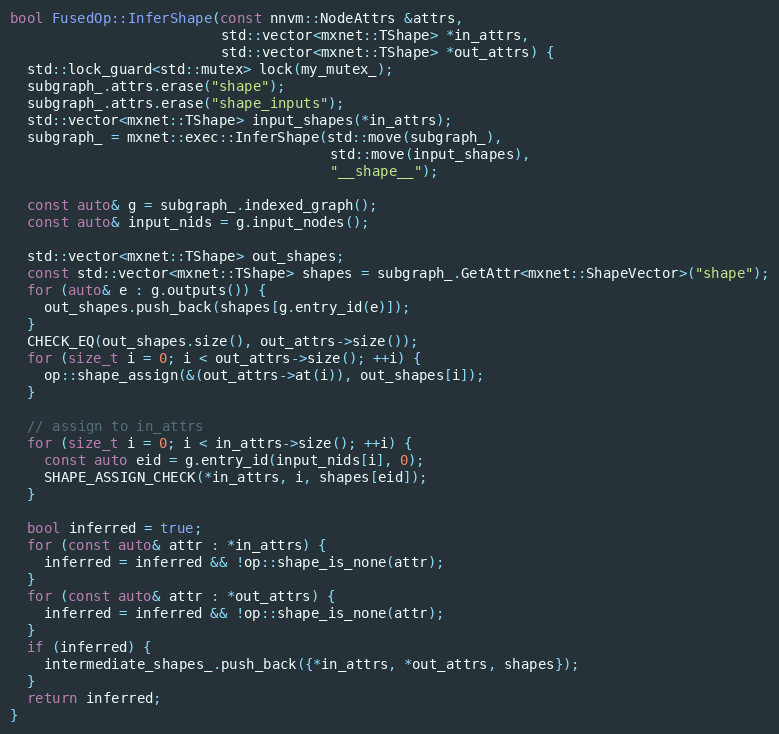
Language: C++
bool FusedOp::InferShape(const nnvm::NodeAttrs &attrs,
                         std::vector<mxnet::TShape> *in_attrs,
                         std::vector<mxnet::TShape> *out_attrs) {
  std::lock_guard<std::mutex> lock(my_mutex_);
  subgraph_.attrs.erase("shape");
  subgraph_.attrs.erase("shape_inputs");
  std::vector<mxnet::TShape> input_shapes(*in_attrs);
  subgraph_ = mxnet::exec::InferShape(std::move(subgraph_),
                                      std::move(input_shapes),
                                      "__shape__");

  const auto& g = subgraph_.indexed_graph();
  const auto& input_nids = g.input_nodes();

  std::vector<mxnet::TShape> out_shapes;
  const std::vector<mxnet::TShape> shapes = subgraph_.GetAttr<mxnet::ShapeVector>("shape");
  for (auto& e : g.outputs()) {
    out_shapes.push_back(shapes[g.entry_id(e)]);
  }
  CHECK_EQ(out_shapes.size(), out_attrs->size());
  for (size_t i = 0; i < out_attrs->size(); ++i) {
    op::shape_assign(&(out_attrs->at(i)), out_shapes[i]);
  }

  // assign to in_attrs
  for (size_t i = 0; i < in_attrs->size(); ++i) {
    const auto eid = g.entry_id(input_nids[i], 0);
    SHAPE_ASSIGN_CHECK(*in_attrs, i, shapes[eid]);
  }

  bool inferred = true;
  for (const auto& attr : *in_attrs) {
    inferred = inferred && !op::shape_is_none(attr);
  }
  for (const auto& attr : *out_attrs) {
    inferred = inferred && !op::shape_is_none(attr);
  }
  if (inferred) {
    intermediate_shapes_.push_back({*in_attrs, *out_attrs, shapes});
  }
  return inferred;
}